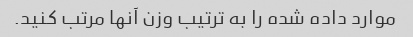
موارد داده شده را به ترتیب وزن آنها مرتب کنید.